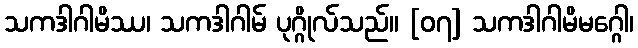
သကဒါဂါမိဿ၊ သကဒါဂါမ် ပုဂ္ဂိုလ်သည်။ [၀၇] သကဒါဂါမိမဂ္ဂေါ၊